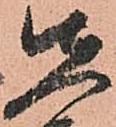
先